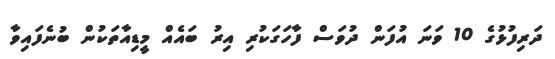
ދަރިފުޅުގެ 10 ވަނަ އުފަން ދުވަސް ފާހަގަކުރި އިރު ބައެއް މީޑިއާތަކުން ބުނެފައިވާ